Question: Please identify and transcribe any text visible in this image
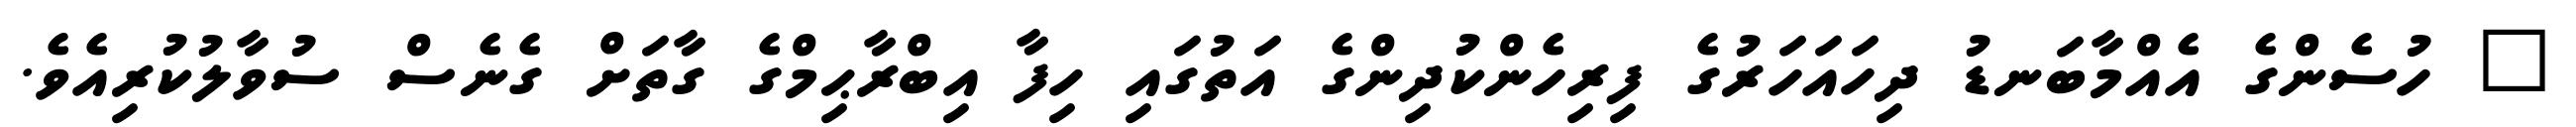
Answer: " ހުސެންގެ އެއްމާބަނޑު ދިހައަހަރުގެ ފިރިހެންކުދިންގެ އަތުގައި ހިފާ އިބްރާޙިމްގެ ގާތަށް ގެނެސް ސުވާލުކުރިއެވެ.